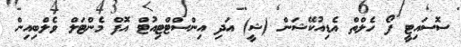
ސޮސައިޓީ ފޯ ހެލްތް އެޑިއުކޭޝަން (ޝީ) އަދި އިންސްޓްޓިއުޓް އޮފް މެންޓަލް ވެލްބިއިން